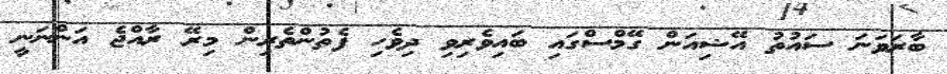
ބާރަވަނަ ސައުތު އޭޝިއަން ގޭމްސްގައި ބައިވެރިވި ދިވެހި ފެތުންތެރިން މިރޭ ރާއްޖެ އަންނަނީ